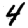
Digit: 4